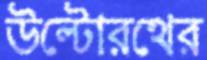
উল্টোরথের